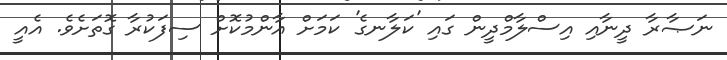
ނަޞާރާ ދީނާއި އިސްލާމްދީން ގައި 'ކަލާނގެ' ކަމަށް އާންމުކޮށް ސިފަކުރާ ގޮތަށެވެ. އެއީ